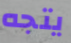
يتجه